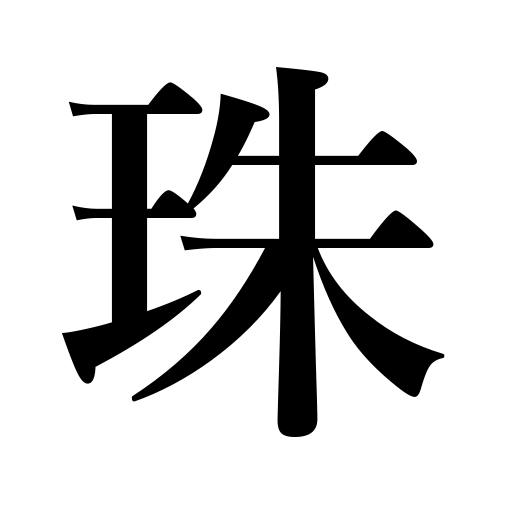
Meanings: gem,jewel